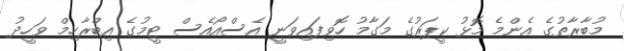
މުބާރާތުގެ އެންމެ މޮޅު ކީޕަރުގެ މަގާމު ހޮވިފައިވަނީ އެސްއޯއެސް ޓީމުގެ އިބްރާހިމް ވަހީދު